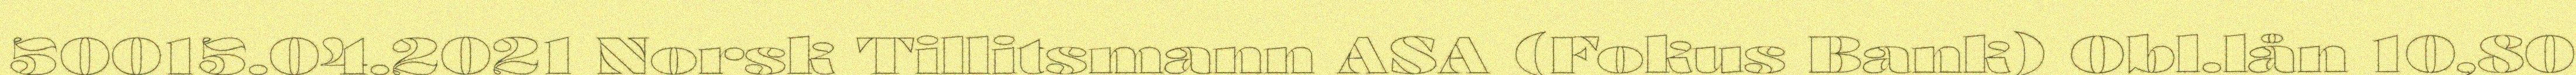
50015.04.2021 Norsk Tillitsmann ASA (Fokus Bank) Obl.lån 10,80